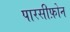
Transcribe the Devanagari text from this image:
पारसीफ़ोन